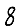
Digit: 8